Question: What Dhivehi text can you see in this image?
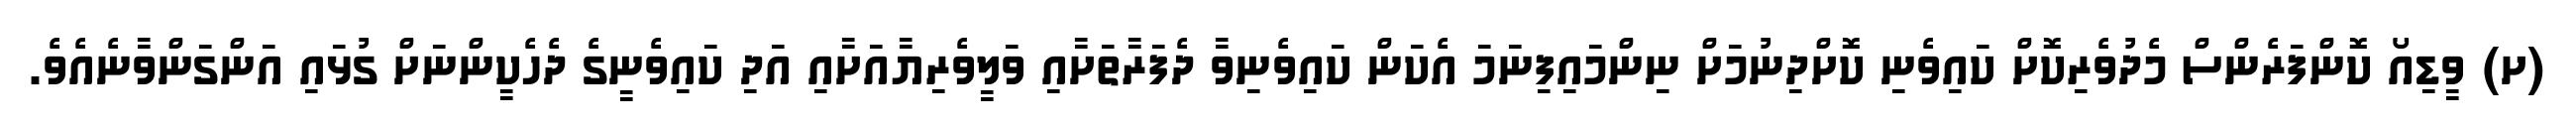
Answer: (ށ) ވީޑިއޯ ކޮންފަރެންސް މެދުވެރިކޮށް ކައިވެނި ކޮށްދިނުމަށް ނިންމައިފިނަމަ އެކަން ކައިވެނިވާ ދެފަރާތަށާއި ވަލީވެރިޔާއަށާއި އަދި ކައިވެނީގެ ދެހެކީންނަށް ގުޅައި އަންގަންވާނެއެވެ.